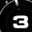
Digit: 3